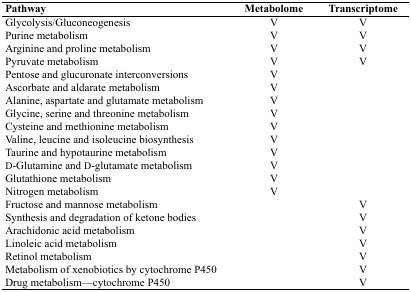
<table><thead><tr><td><b>Pathway</b></td><td><b>Metabolome</b></td><td><b>Transcriptome</b></td></tr></thead><tbody><tr><td>Glycolysis/Gluconeogenesis</td><td>V</td><td>V</td></tr><tr><td>Purine metabolism</td><td>V</td><td>V</td></tr><tr><td>Arginine and proline metabolism</td><td>V</td><td>V</td></tr><tr><td>Pyruvate metabolism</td><td>V</td><td>V</td></tr><tr><td>Pentose and glucuronate interconversions</td><td>V</td><td>[EMPTY_CELL]</td></tr><tr><td>Ascorbate and aldarate metabolism</td><td>V</td><td>[EMPTY_CELL]</td></tr><tr><td>Alanine, aspartate and glutamate metabolism</td><td>V</td><td>[EMPTY_CELL]</td></tr><tr><td>Glycine, serine and threonine metabolism</td><td>V</td><td>[EMPTY_CELL]</td></tr><tr><td>Cysteine and methionine metabolism</td><td>V</td><td>[EMPTY_CELL]</td></tr><tr><td>Valine, leucine and isoleucine biosynthesis</td><td>V</td><td>[EMPTY_CELL]</td></tr><tr><td>Taurine and hypotaurine metabolism</td><td>V</td><td>[EMPTY_CELL]</td></tr><tr><td>D-Glutamine and D-glutamate metabolism</td><td>V</td><td>[EMPTY_CELL]</td></tr><tr><td>Glutathione metabolism</td><td>V</td><td>[EMPTY_CELL]</td></tr><tr><td>Nitrogen metabolism</td><td>V</td><td>[EMPTY_CELL]</td></tr><tr><td>Fructose and mannose metabolism</td><td>[EMPTY_CELL]</td><td>V</td></tr><tr><td>Synthesis and degradation of ketone bodies</td><td>[EMPTY_CELL]</td><td>V</td></tr><tr><td>Arachidonic acid metabolism</td><td>[EMPTY_CELL]</td><td>V</td></tr><tr><td>Linoleic acid metabolism</td><td>[EMPTY_CELL]</td><td>V</td></tr><tr><td>Retinol metabolism</td><td>[EMPTY_CELL]</td><td>V</td></tr><tr><td>Metabolism of xenobiotics by cytochrome P450</td><td>[EMPTY_CELL]</td><td>V</td></tr><tr><td>Drug metabolism—cytochrome P450</td><td>[EMPTY_CELL]</td><td>V</td></tr></tbody></table>